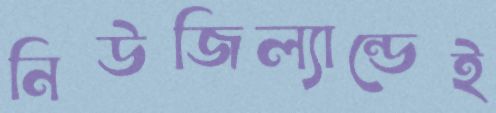
নিউজিল্যান্ডেই